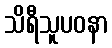
သိရီသူပဝနာ